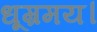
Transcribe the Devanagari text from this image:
धूम्रमय।